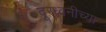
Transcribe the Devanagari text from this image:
दूरध्वनीच्या